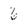
Character: 6